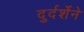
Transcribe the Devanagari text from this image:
दुर्दर्शेने